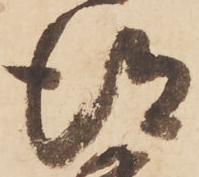
得